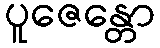
ပူဇေန္တော